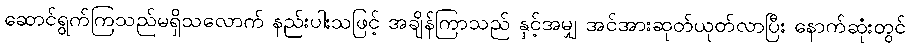
ဆောင်ရွက်ကြသည်မရှိသလောက် နည်းပါးသဖြင့် အချိန်ကြာသည် နှင့်အမျှ အင်အားဆုတ်ယုတ်လာပြီး နောက်ဆုံးတွင်